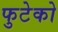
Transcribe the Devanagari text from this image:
फुटेको